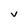
Character: V